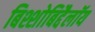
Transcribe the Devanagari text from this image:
बिश्शोबिद्दैलॉय